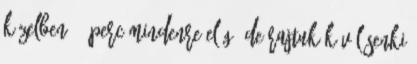
közelben 15 perc mindenre elég, de rajtuk kívül senki